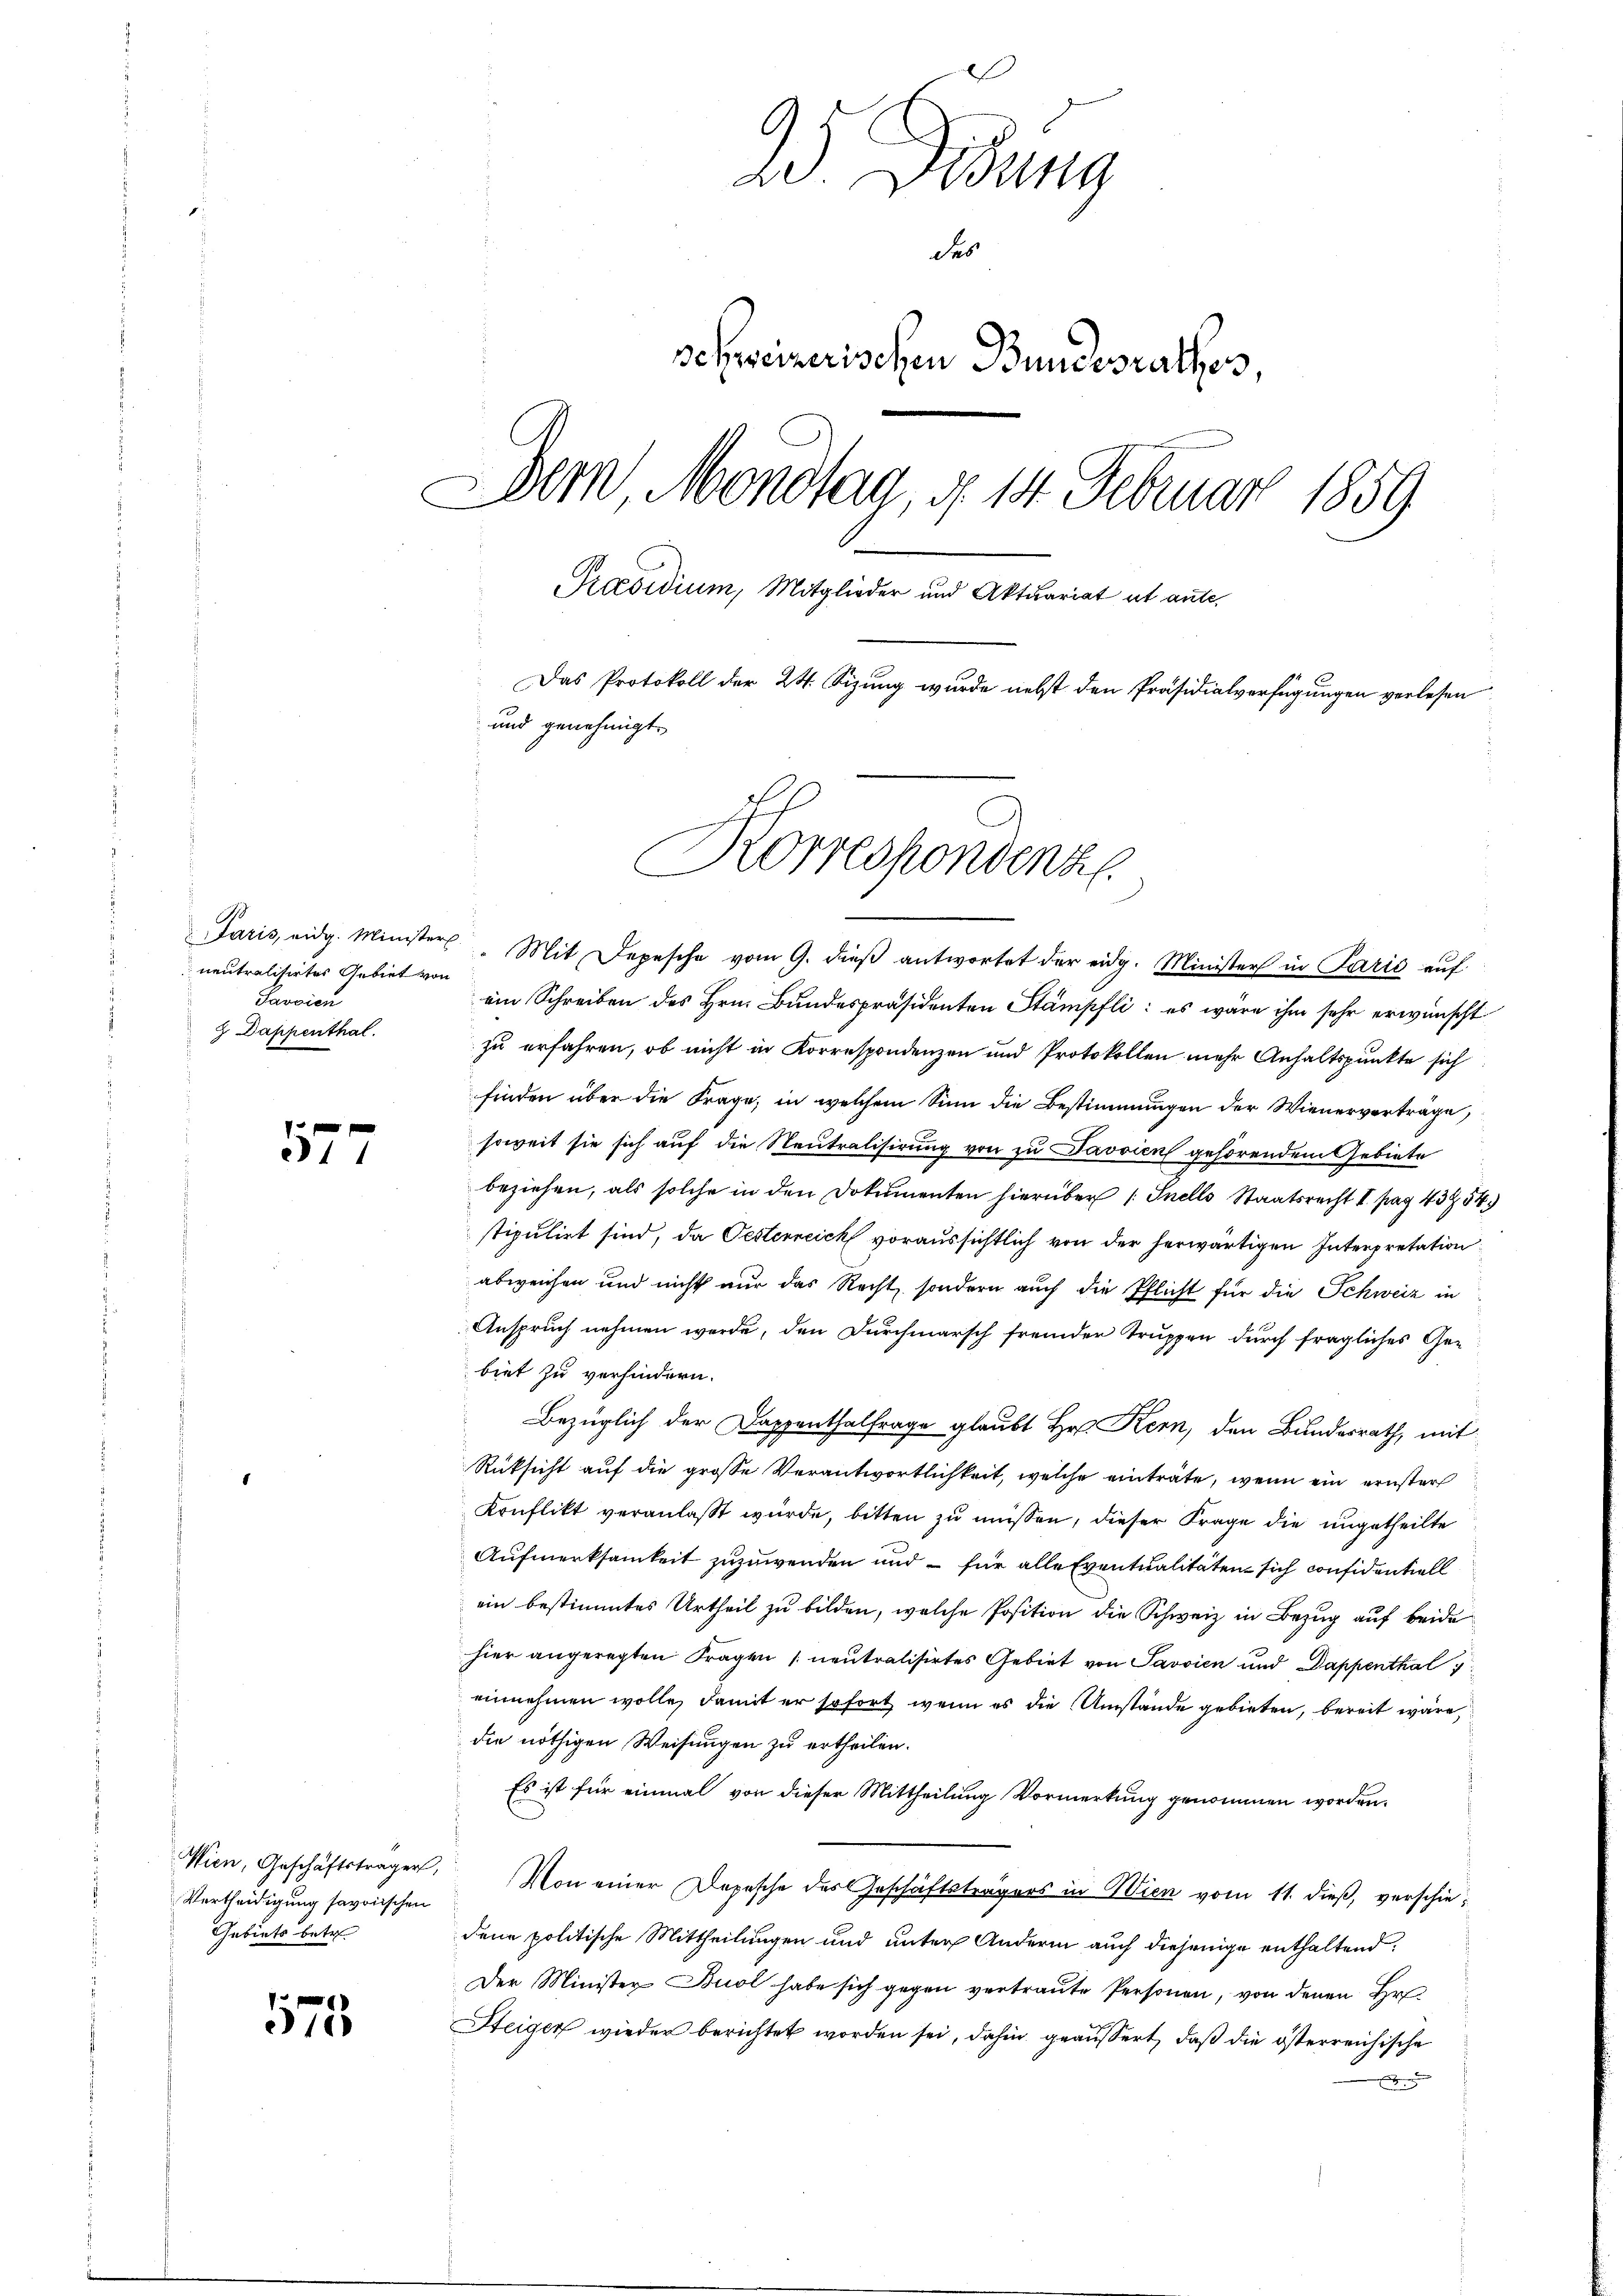
neutralisirtes Gebiet von
Savoien
 Dappenthal.

177

Vertheidigung savoischen
Gebiets betr

173

9
2o Didung
des
schweizerischen Bundesrathes,
Dem, Mondtag, d. 14. Februar 1859
Praesidium, Mitglieder und Aktuariat et aute,
Das Protokoll der 24. Sizung wurde nebst den Präsidialverfügungen verlesen
und genehmigt.

Korrespondenze

Paris, eidg. Minister. Mit Depesche vom 9. dieβ antwortet der eidg. Minister in Paris aŭf
ein Schreiben des Hrn. Bundespräsidenten Stämpfli: es wäre ihm sehr erwünscht
zu erfahren, ob nicht in Korrespondenzen und Protokollen mehr Anhaltspunkte sich
finden über die Frage, in welchem Sinn die Bestimmungen der Wienerverträge,
soweit sie sich auf die Neutralisirung von zu Javvien gehörendem Gebiete
beziehen, als solche in den Dokumenten hierüber (Snells Staatsrecht I. pag. 43754)
stipulirt sind, da Oesterreich voraussichtlich von der herwärtigen Interpretation
abweichen und nicht nur das Recht, sondern auch die Pflicht für die Schweiz in
Anspruch nehmen werde, den Durchmarsch fremder Truppen durch fragliches Gebiet zu verhindern.
Bezüglich der Dappenthalfrage glaubt Hr. Kern, den Bundesrath, mit
Rüksicht auf die große Verantwortlichkeit, welche einträte, wenn ein ernster
Konflikt veranlaßt wurde, bitten zu müssen, dieser Frage die ungetheilte
Aufmerksamkeit zuzuwenden und – für alle Eventualitäten sich considentiell
ein bestimmtes Urtheil zu bilden, welche Position die Schweiz in Bezug auf beide
hier angeregten Fragen (neutralisirtes Gebiet von Savvien und Dappenthal
einnehmen wolle, damit er sofort, wenn es die Umstände gebieten, bereit wäre
die nöthigen Weisungen zu ertheilen.
Es ist für einmal von dieser Mittheilung Vormerkung genommen worden.
Wien, Geschäftstragen, Von einer Depesche des Geschäftsträgers in Wien vom 11. dieß, verschiedene politische Mittheilungen und unter Andern auch diejenige enthaltend:
Der Minister Buol habe sich gegen vertraute Personen, von denen Hr
Steiger wieder berichtet worden sei, dahin geäussert, daß die österreichische
x